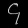
Digit: ၄